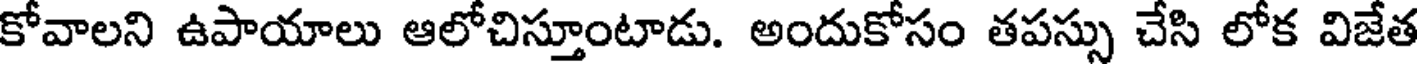
కోవాలని ఉపాయాలు ఆలోచిస్తూంటాడు. అందుకోసం తపస్సు చేసి లోక విజేత